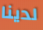
لدينا